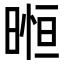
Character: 暅